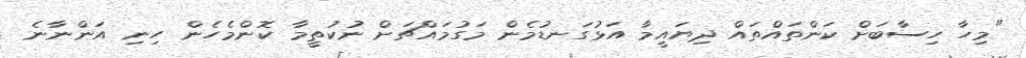
"މިހާ ހިސާބަށް ކަންތައްތައް ދިޔައީމާ އަޅުގަނޑުމެން މަގުމައްޗަށް ނުކުތީމާ ކޮންމެހެން ހިނި އަންނާނެ